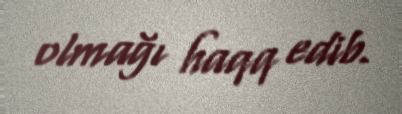
olmağı haqq edib.